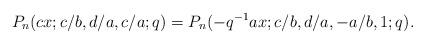
LaTeX: \begin{align*}P_n(cx;c/b,d/a,c/a;q)=P_n(-q^{-1}ax;c/b,d/a,-a/b,1;q).\end{align*}